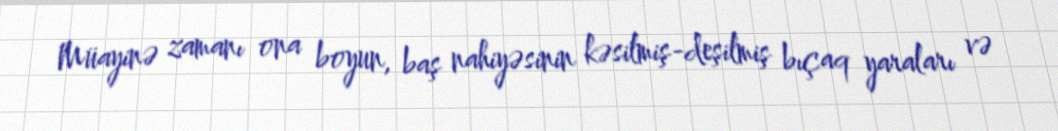
Müayinə zamanı ona boyun, baş nahiyəsinin kəsilmiş-deşilmiş bıçaq yaraları və